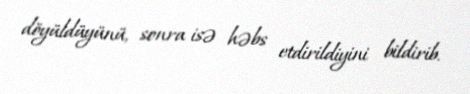
döyüldüyünü, sonra isə həbs etdirildiyini bildirib.